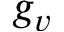
g _ { v }